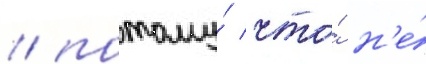
/ потому́ что́ н'е́